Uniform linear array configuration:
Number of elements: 24
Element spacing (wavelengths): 1
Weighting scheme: cosine
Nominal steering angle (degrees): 60
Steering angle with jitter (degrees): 59.977
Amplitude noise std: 0.05
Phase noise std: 0.05

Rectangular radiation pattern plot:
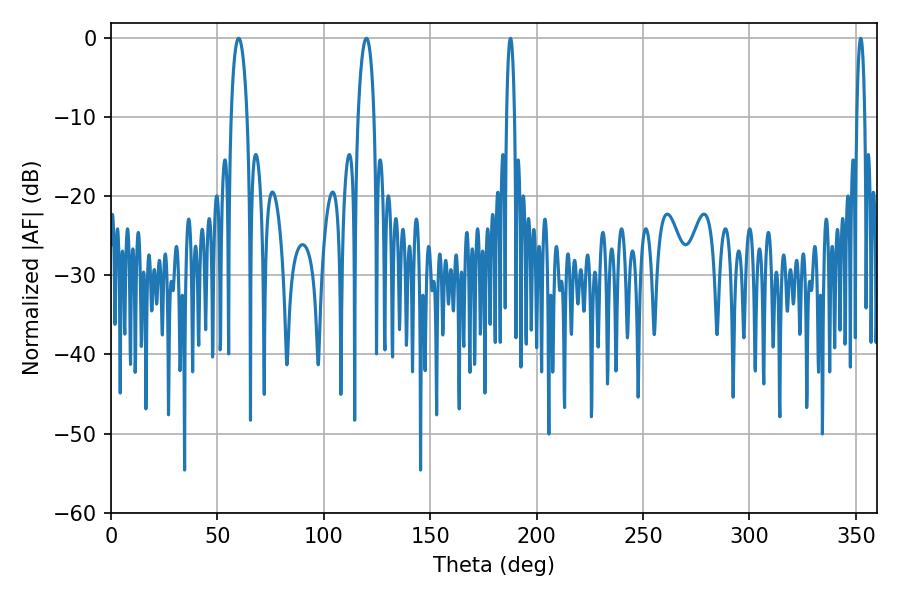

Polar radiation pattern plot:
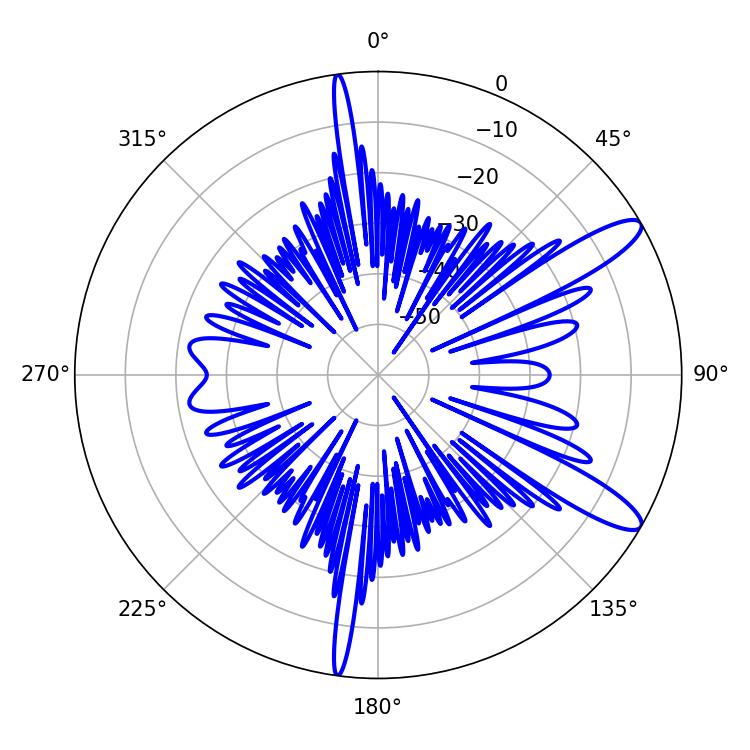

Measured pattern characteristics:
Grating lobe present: TRUE
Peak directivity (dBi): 11.846
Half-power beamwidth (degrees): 4.14
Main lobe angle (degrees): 59.94